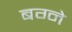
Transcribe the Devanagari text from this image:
बग्ने